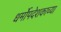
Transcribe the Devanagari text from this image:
धर्मोपदेशकाच्या